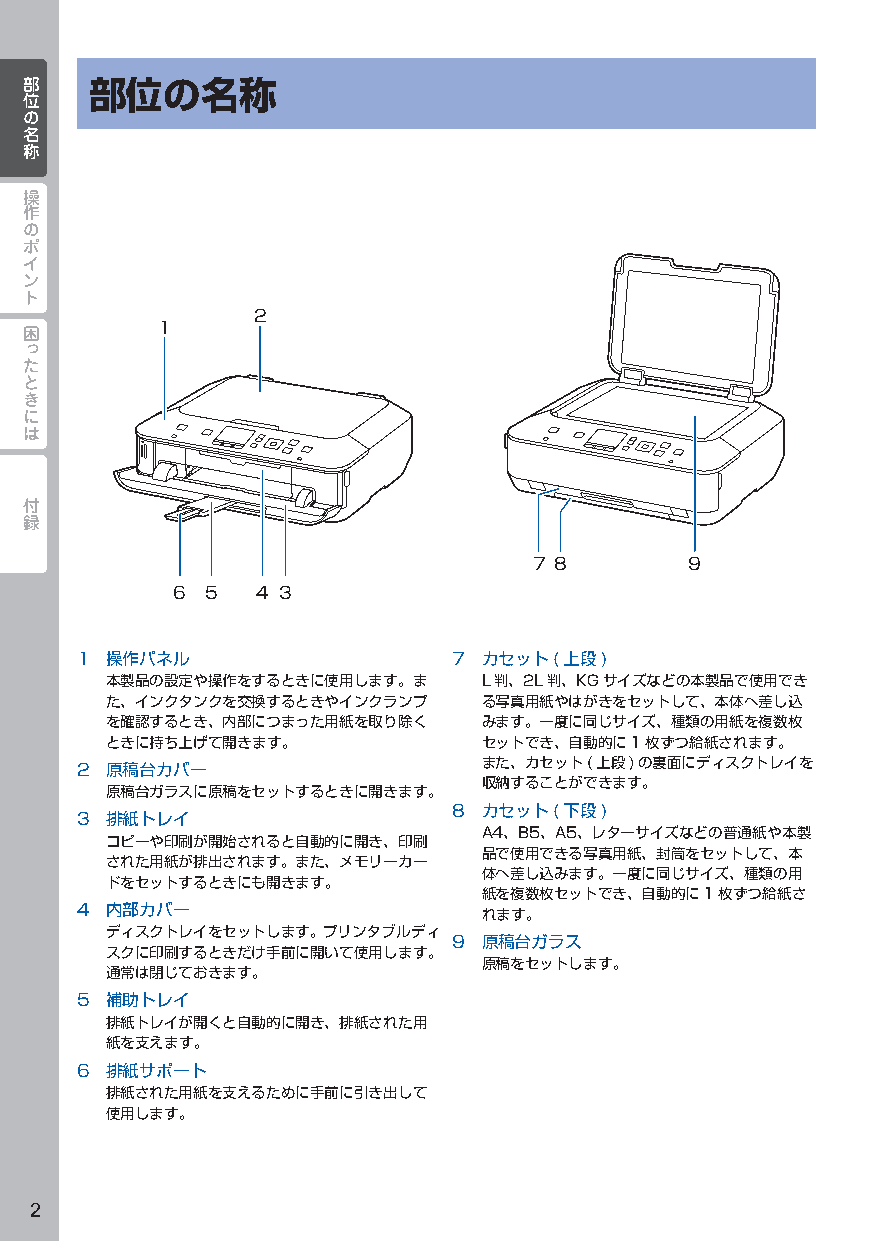
部部   部位の名称
 位位
 のの
 名名
 称称
 操
 作
 の
 ポ
 イ
 ン
 ト
 2
 困        1
 っ
 た
 と
 き
 に
 は
 付
 録
 7 8        9
 6  5  4 3
 1 操作パネル                  7 カセット(上段)
 本製品の設定や操作をするときに使用します。ま   L判、2L判、KGサイズなどの本製品で使用でき
 た、インクタンクを交換するときやインクランプ   る写真用紙やはがきをセットして、本体へ差し込
 を確認するとき、内部につまった用紙を取り除く   みます。一度に同じサイズ、種類の用紙を複数枚
 ときに持ち上げて開きます。            セットでき、自動的に1枚ずつ給紙されます。
 2 原稿台カバー                   また、カセット(上段)の裏面にディスクトレイを
 収納することができます。
 原稿台ガラスに原稿をセットするときに開きます。
 8 カセット(下段)
 3 排紙トレイ
 A4、B5、A5、レターサイズなどの普通紙や本製
 コピーや印刷が開始されると自動的に開き、印刷
 品で使用できる写真用紙、封筒をセットして、本
 された用紙が排出されます。また、メモリーカー
 体へ差し込みます。一度に同じサイズ、種類の用
 ドをセットするときにも開きます。
 紙を複数枚セットでき、自動的に1枚ずつ給紙さ
 4 内部カバー                    れます。
 ディスクトレイをセットします。プリンタブルディ
 9 原稿台ガラス
 スクに印刷するときだけ手前に開いて使用します。
 原稿をセットします。
 通常は閉じておきます。
 5 補助トレイ
 排紙トレイが開くと自動的に開き、排紙された用
 紙を支えます。
 6 排紙サポート
 排紙された用紙を支えるために手前に引き出して
 使用します。
 2